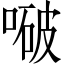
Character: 㗞